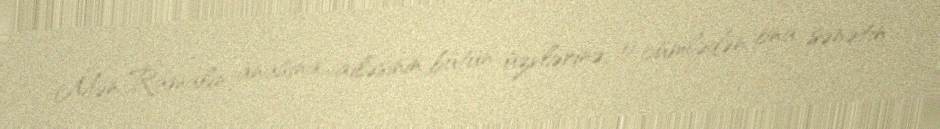
Mən Ramalın anasına, ailəsinin bütün üzvlərinə, o cümlədən ona sənətin